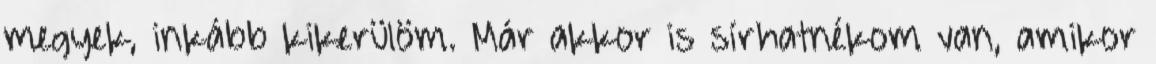
megyek, inkább kikerülöm. Már akkor is sírhatnékom van, amikor